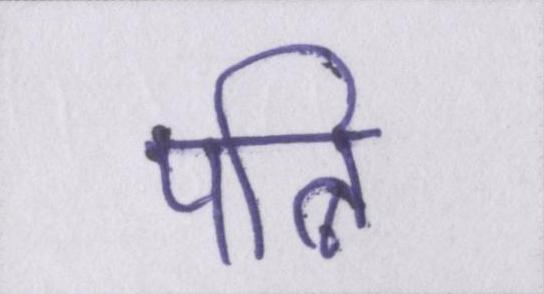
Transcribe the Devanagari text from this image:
पत्नि